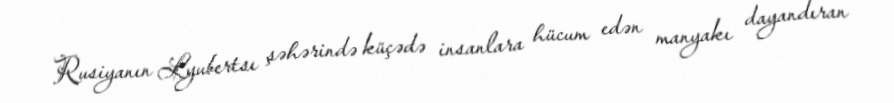
Rusiyanın Lyubertsı şəhərində küçədə insanlara hücum edən manyakı dayandıran